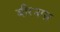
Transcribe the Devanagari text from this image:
बीरनगर